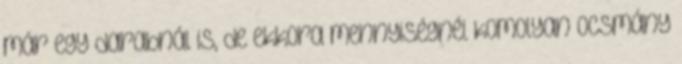
már egy darabnál is, de ekkora mennyiségnél komolyan ocsmány